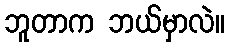
ဘူတာက ဘယ်မှာလဲ။